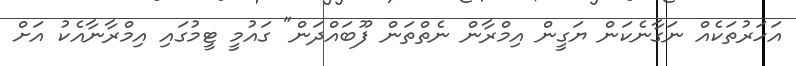
އަހަރުތަކެއް ނަގާނެކަން ޔަގީން އިމްރާން ނެތްތަން ފޫބައްދަން" ގައުމީ ޓީމުގައި އިމްރާނާއެކު އަށް